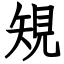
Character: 䂓